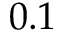
0 . 1